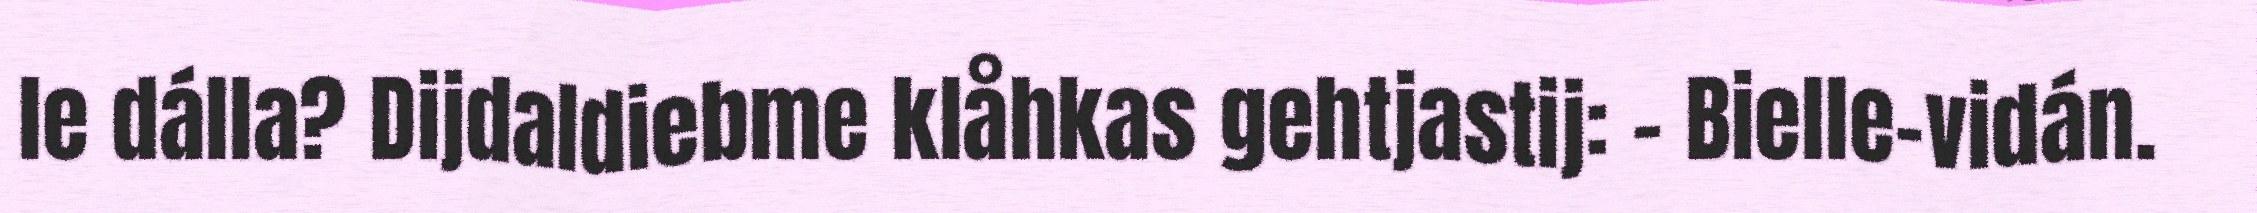
le dálla? Dijdaldiebme klåhkas gehtjastij: – Bielle-vidán.